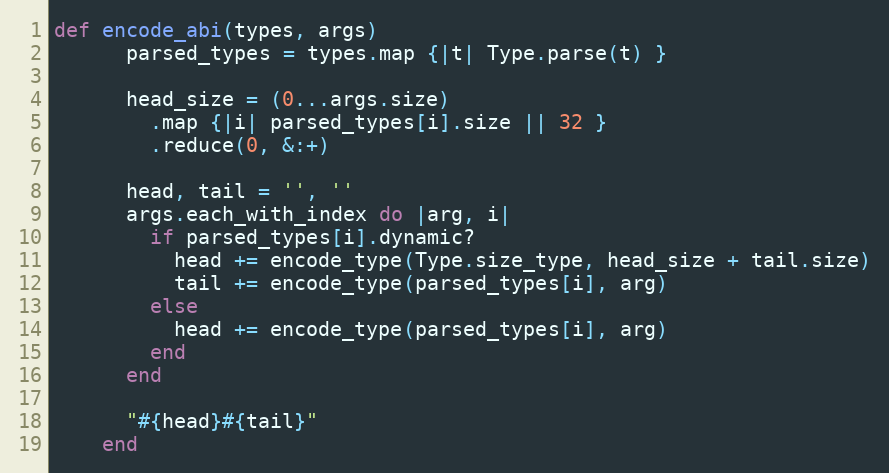
Language: Ruby
def encode_abi(types, args)
      parsed_types = types.map {|t| Type.parse(t) }

      head_size = (0...args.size)
        .map {|i| parsed_types[i].size || 32 }
        .reduce(0, &:+)

      head, tail = '', ''
      args.each_with_index do |arg, i|
        if parsed_types[i].dynamic?
          head += encode_type(Type.size_type, head_size + tail.size)
          tail += encode_type(parsed_types[i], arg)
        else
          head += encode_type(parsed_types[i], arg)
        end
      end

      "#{head}#{tail}"
    end